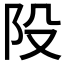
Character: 𨸜